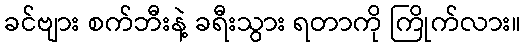
ခင်ဗျား စက်ဘီးနဲ့ ခရီးသွား ရတာကို ကြိုက်လား။